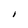
Character: I